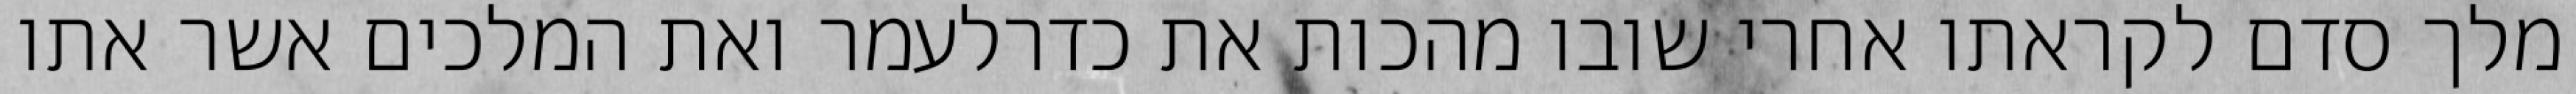
מלך סדם לקראתו אחרי שובו מהכות את כדרלעמר ואת המלכים אשר אתו